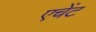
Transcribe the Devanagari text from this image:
एचेंट